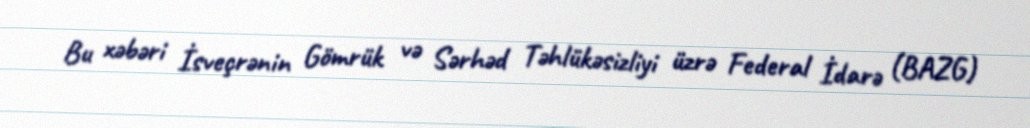
Bu xəbəri İsveçrənin Gömrük və Sərhəd Təhlükəsizliyi üzrə Federal İdarə (BAZG)